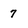
Character: 7